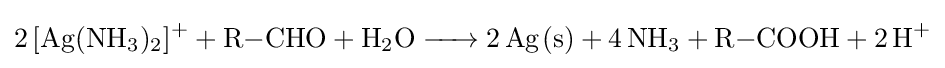
{\ce {2[Ag(NH3)2]+ + R-CHO + H2O -> 2Ag(s) + 4NH3 + R-COOH + 2H+}}